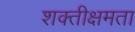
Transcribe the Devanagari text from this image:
शक्तीक्षमता